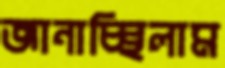
জানাচ্ছিলাম